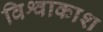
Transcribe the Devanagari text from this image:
विश्वाकाश